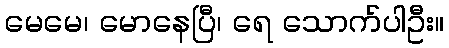
မေမေ၊ မောနေပြီ၊ ရေ သောက်ပါဦး။